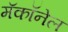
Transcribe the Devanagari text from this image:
मॅकॉनेल